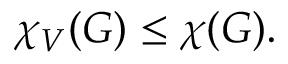
\chi _ { V } ( G ) \leq \chi ( G ) .